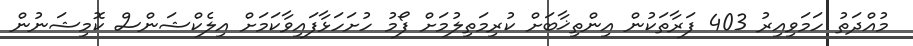
މުއްދަތު ހަމަވިއިރު 403 ފަރާތަކުން އިންތިޚާބަށް ކުރިމަތިލުމަށް ފޯމު ހުށަހަޅާފައިވާކަމަށް އިލެކްޝަންސް ކޮމިޝަނުން